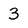
Character: 3